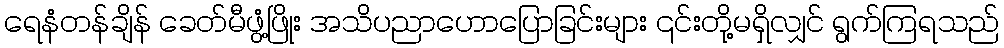
ရေနံတန်ချိန် ခေတ်မီဖွံ့ဖြိုး အသိပညာဟောပြောခြင်းများ ၎င်းတို့မရှိလျှင် ရွက်ကြရသည်